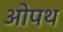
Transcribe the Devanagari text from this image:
ओपथ